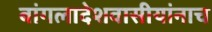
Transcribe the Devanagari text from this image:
बांगलादेशवासीयांनाच